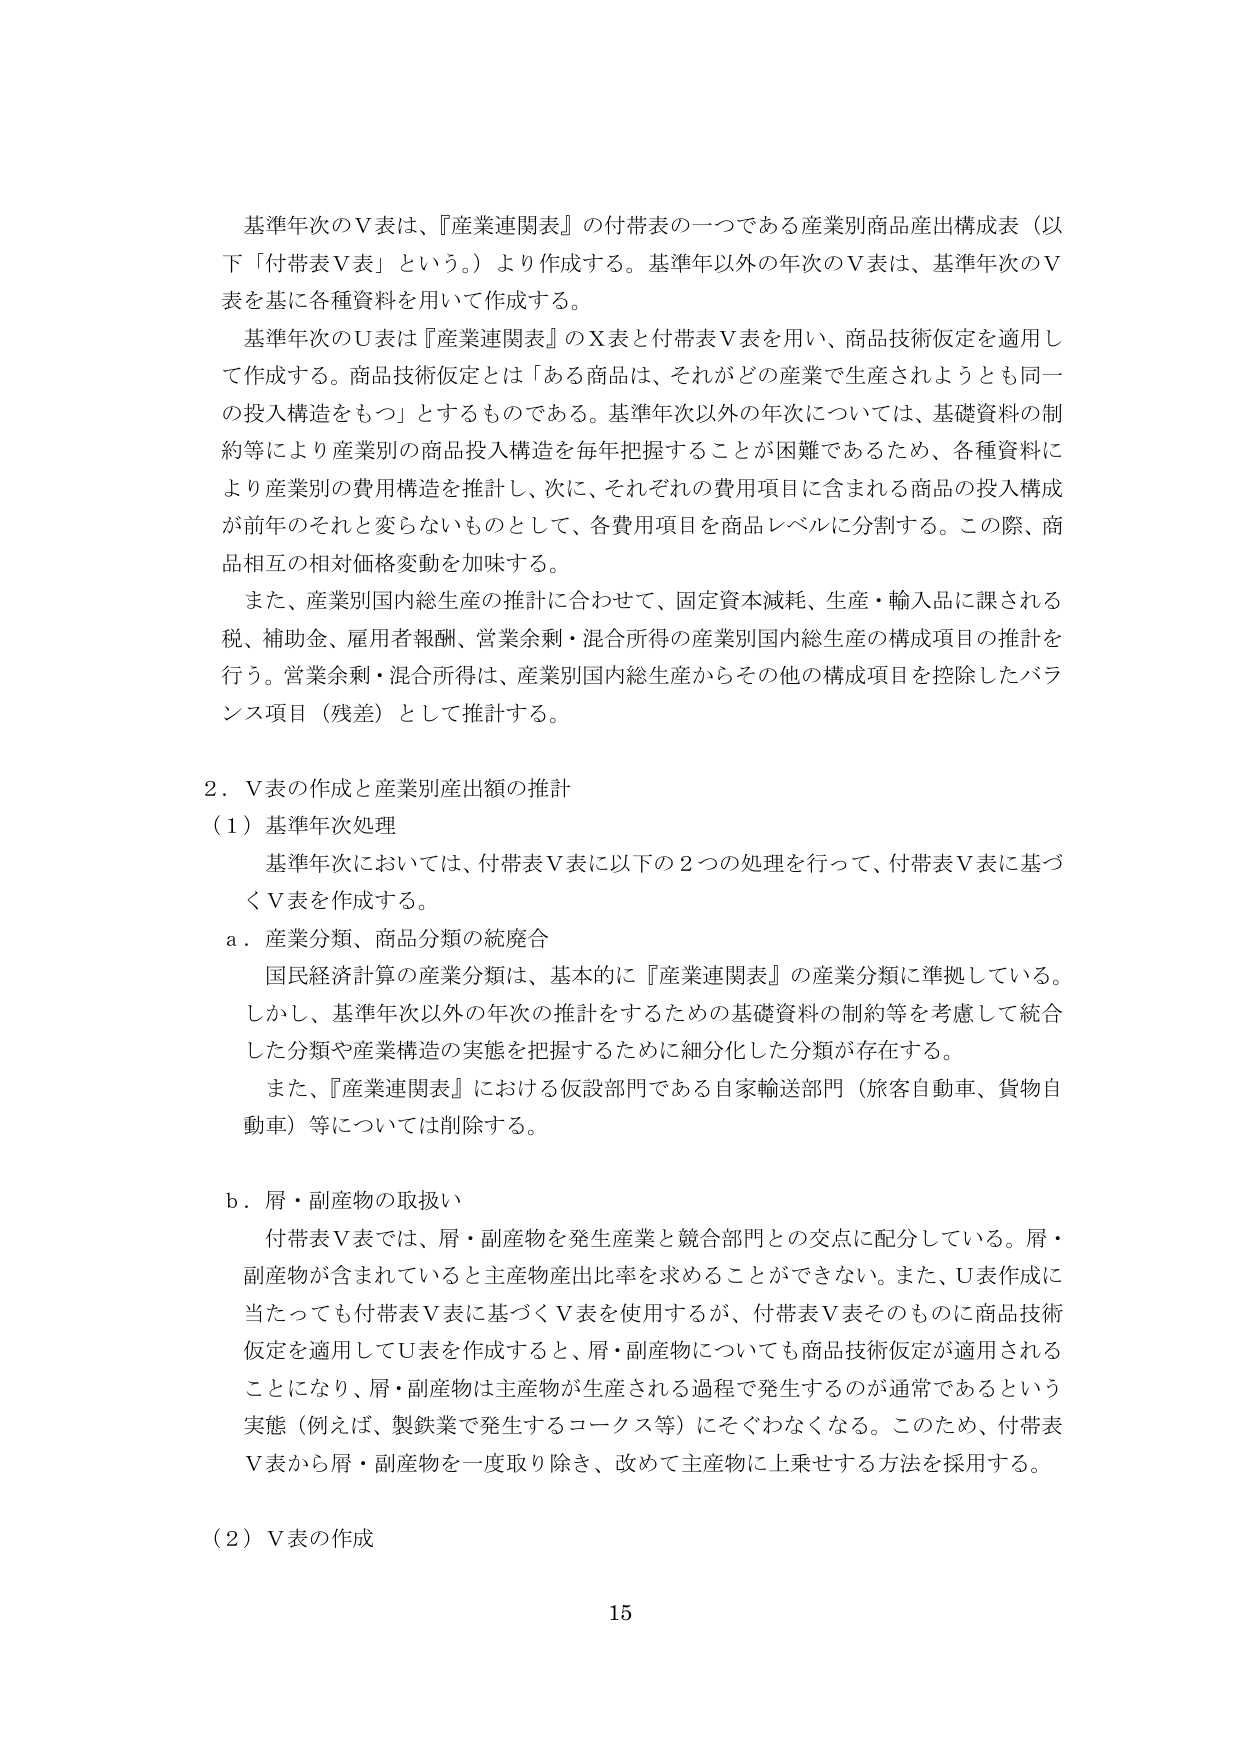
基準年次のＶ表は、『産業連関表』の付帯表の一つである産業別商品産出構成表（以下「付帯表Ｖ表」という。）より作成する。基準年以外の年次のＶ表は、基準年次のＶ表を基に各種資料を用いて作成する。

基準年次のＵ表は『産業連関表』のＸ表と付帯表Ｖ表を用い、商品技術仮定を適用して作成する。商品技術仮定とは「ある商品は、それがどの産業で生産されようとも同一の投入構造をもつ」とするものである。基準年次以外の年次については、基礎資料の制約等により産業別の商品投入構造を毎年把握することが困難であるため、各種資料により産業別の費用構造を推計し、次に、それぞれの費用項目に含まれる商品の投入構成が前年のそれと変わらないものとして、各費用項目を商品レベルに分割する。この際、商品相互の相対価格変動を加味する。

また、産業別国内総生産の推計に合わせて、固定資本減耗、生産・輸入品に課される税、補助金、雇用者報酬、営業余剰・混合所得の産業別国内総生産の構成項目の推計を行う。営業余剰・混合所得は、産業別国内総生産からその他の構成項目を控除したバランス項目（残差）として推計する。

２．Ｖ表の作成と産業別産出額の推計

（１）基準年次処理

基準年次においては、付帯表Ｖ表に以下の２つの処理を行って、付帯表Ｖ表に基づくＶ表を作成する。

ａ．産業分類、商品分類の統廃合

国民経済計算の産業分類は、基本的に『産業連関表』の産業分類に準拠している。しかし、基準年次以外の年次の推計をするための基礎資料の制約等を考慮して統合した分類や産業構造の実態を把握するために細分化した分類が存在する。

また、『産業連関表』における仮設部門である自家輸送部門（旅客自動車、貨物自動車）等については削除する。

ｂ．屑・副産物の取扱い

付帯表Ｖ表では、屑・副産物を発生産業と競合部門との交点に配分している。屑・副産物が含まれていると主産物産出比率を求めることができない。また、Ｕ表作成に当たっても付帯表Ｖ表に基づくＶ表を使用するが、付帯表Ｖ表そのものに商品技術仮定を適用してＵ表を作成すると、屑・副産物についても商品技術仮定が適用されることになり、屑・副産物は主産物が生産される過程で発生するのが通常であるという実態（例えば、製鉄業で発生するコークス等）にそぐわなくなる。このため、付帯表Ｖ表から屑・副産物を一度取り除き、改めて主産物に上乗せする方法を採用する。

（２）Ｖ表の作成

15